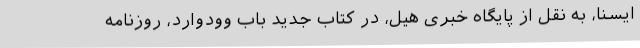
ایسنا، به نقل از پایگاه خبری هیل، در کتاب جدید باب وودوارد، روزنامه